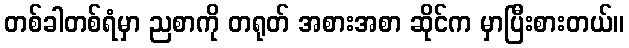
တစ်ခါတစ်ရံမှာ ညစာကို တရုတ် အစားအစာ ဆိုင်က မှာပြီးစားတယ်။